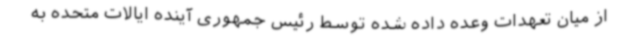
از میان تعهدات وعده داده شده توسط رئیس جمهوری آینده ایالات متحده به